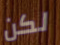
لكن